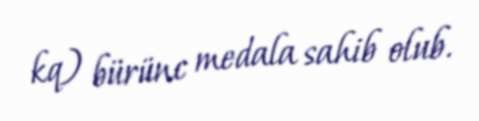
kq) bürünc medala sahib olub.